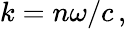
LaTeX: k=n\omega/c\, ,